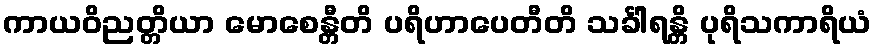
ကာယဝိညတ္တိယာ မောစေန္တီတိ ပရိဟာပေတီတိ သင်္ခါရန္တိ ပုရိသကာရိယံ